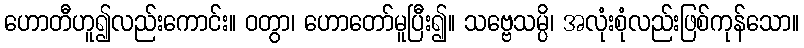
ဟောတီဟူ၍လည်းကောင်း။ ဝတွာ၊ ဟောတော်မူပြီး၍။ သဗ္ဗေသမ္ပိ၊ အလုံးစုံလည်းဖြစ်ကုန်သော။